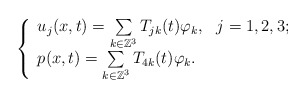
\begin{align*} \left\{ \begin{array}{l} u_j(x,t)=\sum\limits_{k\in \mathbb{Z}^3}T_{jk}(t)\varphi_k,\ \ j=1,2,3;\\ p(x,t)=\sum\limits_{k\in \mathbb{Z}^3}T_{4k}(t)\varphi_k. \end{array} \right. \end{align*}